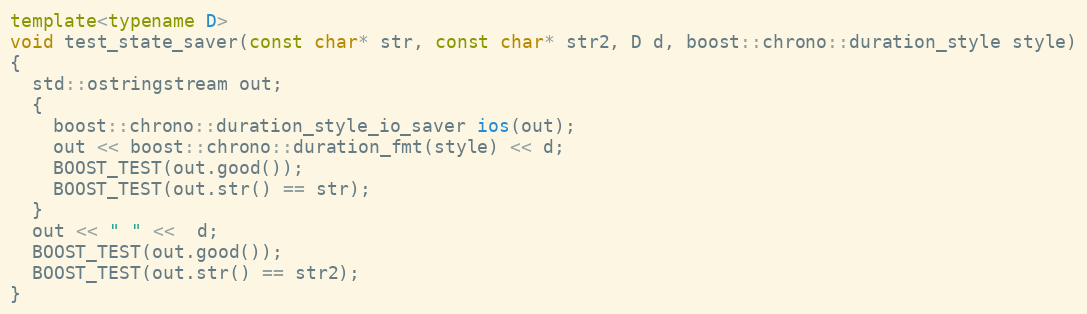
Language: C++
template<typename D>
void test_state_saver(const char* str, const char* str2, D d, boost::chrono::duration_style style)
{
  std::ostringstream out;
  {
    boost::chrono::duration_style_io_saver ios(out);
    out << boost::chrono::duration_fmt(style) << d;
    BOOST_TEST(out.good());
    BOOST_TEST(out.str() == str);
  }
  out << " " <<  d;
  BOOST_TEST(out.good());
  BOOST_TEST(out.str() == str2);
}